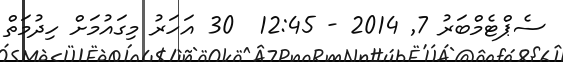
ސެޕްޓެމްބަރު 7